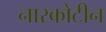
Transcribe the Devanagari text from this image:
नारकोटीन